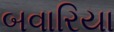
બવારિયા